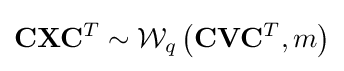
\mathbf {C} \mathbf {X} {\mathbf {C} }^{T}\sim {\mathcal {W}}_{q}\left({\mathbf {C} }{\mathbf {V} }{\mathbf {C} }^{T},m\right)